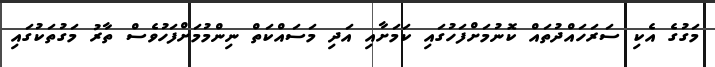
މަގުގެ އެކި ސަރަހައްދުތައް ކޮނުމަށްފަހުގައި ކަމަށާއި އަދި މަަސައްކަތް ނިންމުމަށްފަހުވެސް ތާރު މަގުތަކުގައި